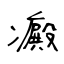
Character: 癜